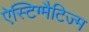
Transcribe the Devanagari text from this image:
ऐस्टिग्मैटिज्म